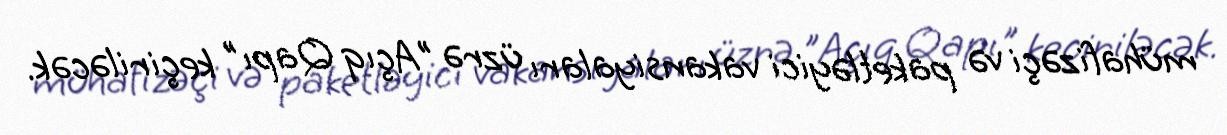
mühafizəçi və paketləyici vakansiyaları üzrə "Açıq Qapı" keçiriləcək.